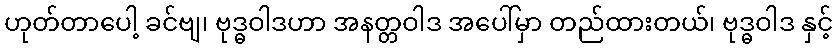
ဟုတ်တာပေါ့ ခင်ဗျ၊ ဗုဒ္ဓဝါဒဟာ အနတ္တဝါဒ အပေါ်မှာ တည်ထားတယ်၊ ဗုဒ္ဓဝါဒ နှင့်